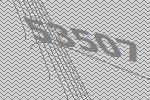
53507